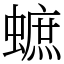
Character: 蟅